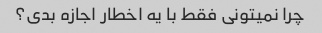
چرا نمیتونی فقط با یه اخطار اجازه بدی؟